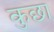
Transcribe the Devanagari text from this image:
कुछा